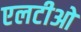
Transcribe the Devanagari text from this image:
एलटीओ